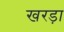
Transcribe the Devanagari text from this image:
खरड़ा